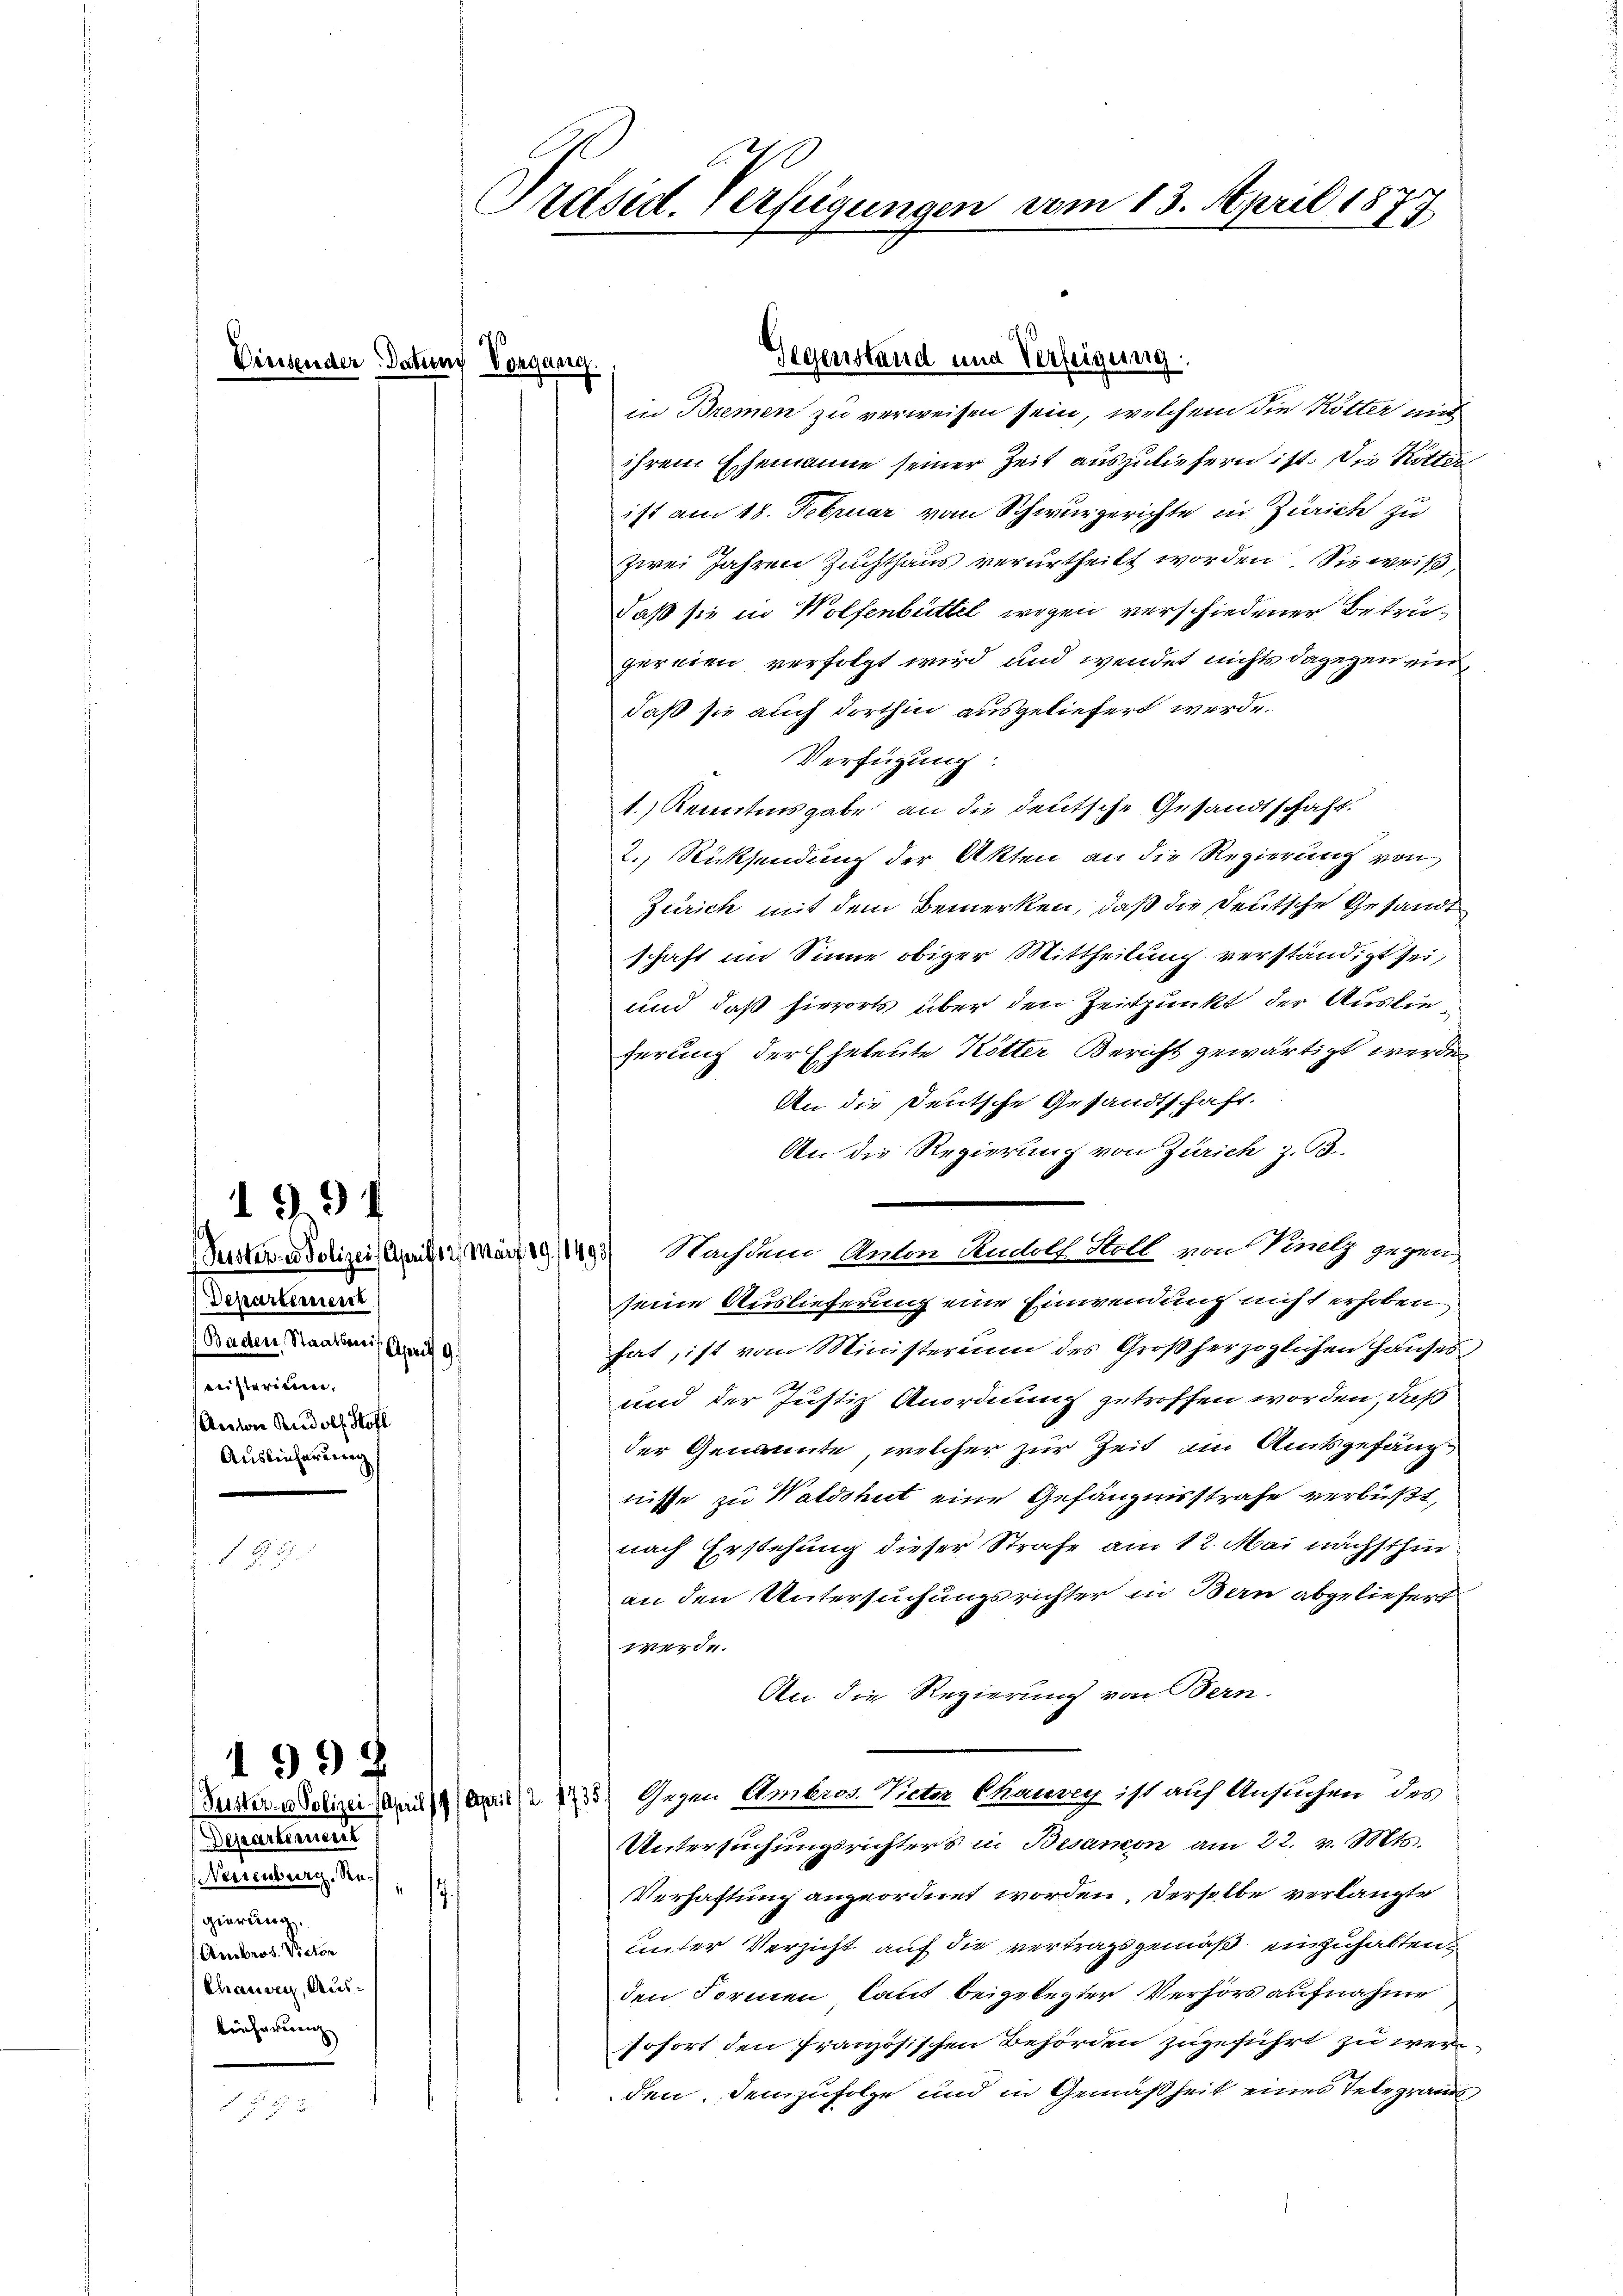
Dinsender Datum Vorgang.

Departement
Baden, Staatsenis. April 9.
reisterieren.
Anton Rudolf Hofl
Auslieferung

1994

11

Departement
Neisenburg. Ree
gierung,
(Ambrot. Victor
Chausen, Ausleicherung

1998

in Bremen zu verweisen sein, welchem die Rötter mit
ihrem Ehemanne seiner Zeit auszuliefern ist. Die Ritter
ist am 18. Februar von Schwurgerichte in Zürich zu
zwei Jahren Zuchthaus verurtheilt worden Sie weiß,
daß sie in Wolfenbüttel wegen verschiedener Betrügereien verfolgt wird und wendet nichts dagegen eindaß sie auch dorthin ausgeliefert werde.
Verfügung:
1.) Kenntnisgabe an die deutsche Gesandtschaft.
2.) Rücksendung der Akten an die Regierung von
Zürich mit dem Bemerken, daß die Deutsche Gesandt
schaft im Sinne obiger Mittheilung verständigt sei,
und daß hierorts über den Zeitpunkt der Auslieferung der Eheleute Kötter Bericht gewärtigt werde
An die Deutsche Gesandtschaft.
An die Regierung von Zürich z. B.
Puster u. Polizei, April 2. März 19/1493) Nachdem Anton Rudolf Holl von Vinelz gegen
seine Auslieferung eine Einwendung nicht erhoben
hat, ist vom Ministerium des Großherzoglichen Hauses
und der Justiz Anordnung getroffen worden, daß
der Genannte, welcher zur Zeit am Amtsgefäng
nisse zu Waldshut eine Gefängnisstrafe verbüßt,
nach Erstehung dieser Strafe am 12. Mai nächsthin
an den Untersuchungsrichter in Bern abgeliefert
werde.
An die Regierung von Bern.
Suttera dotizei an das Gegen Ambrot. Victa Chaurey ist auf Ansuchen des
Untersuchungsrichters in Besamon am 22. v. Mts.
Verhaftung angeordnet worden, derselbe verlangte
s
unter Verzicht auf die vertragsgemäß einzuhalten.
den Formen laut beigelegter Verhör aufnahme
sofort den französischen Behörden zugeführt zu werden. Demzufolge und in Gemäßheit eines Telegramms,

Präsid. Verfügungen vom 13. April 1877

beß
Gegenstand und Verfeigung.